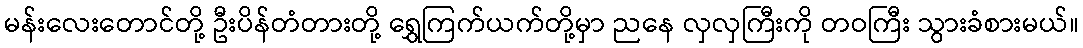
မန်းလေးတောင်တို့ ဦးပိန်တံတားတို့ ရွှေကြက်ယက်တို့မှာ ညနေ လှလှကြီးကို တဝကြီး သွားခံစားမယ်။